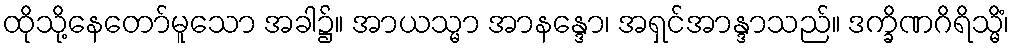
ထိုသို့နေတော်မူသော အခါ၌။ အာယသ္မာ အာနန္ဒော၊ အရှင်အာန္ဒာသည်။ ဒက္ခိဏဂိရိသ္မိံ၊